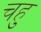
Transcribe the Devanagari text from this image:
चहु